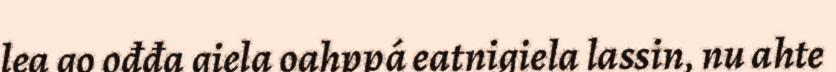
lea go ođđa giela oahppá eatnigiela lassin, nu ahte